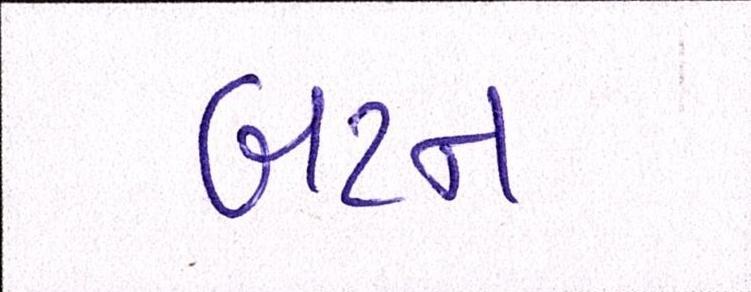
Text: બટન